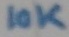
Text: 10K